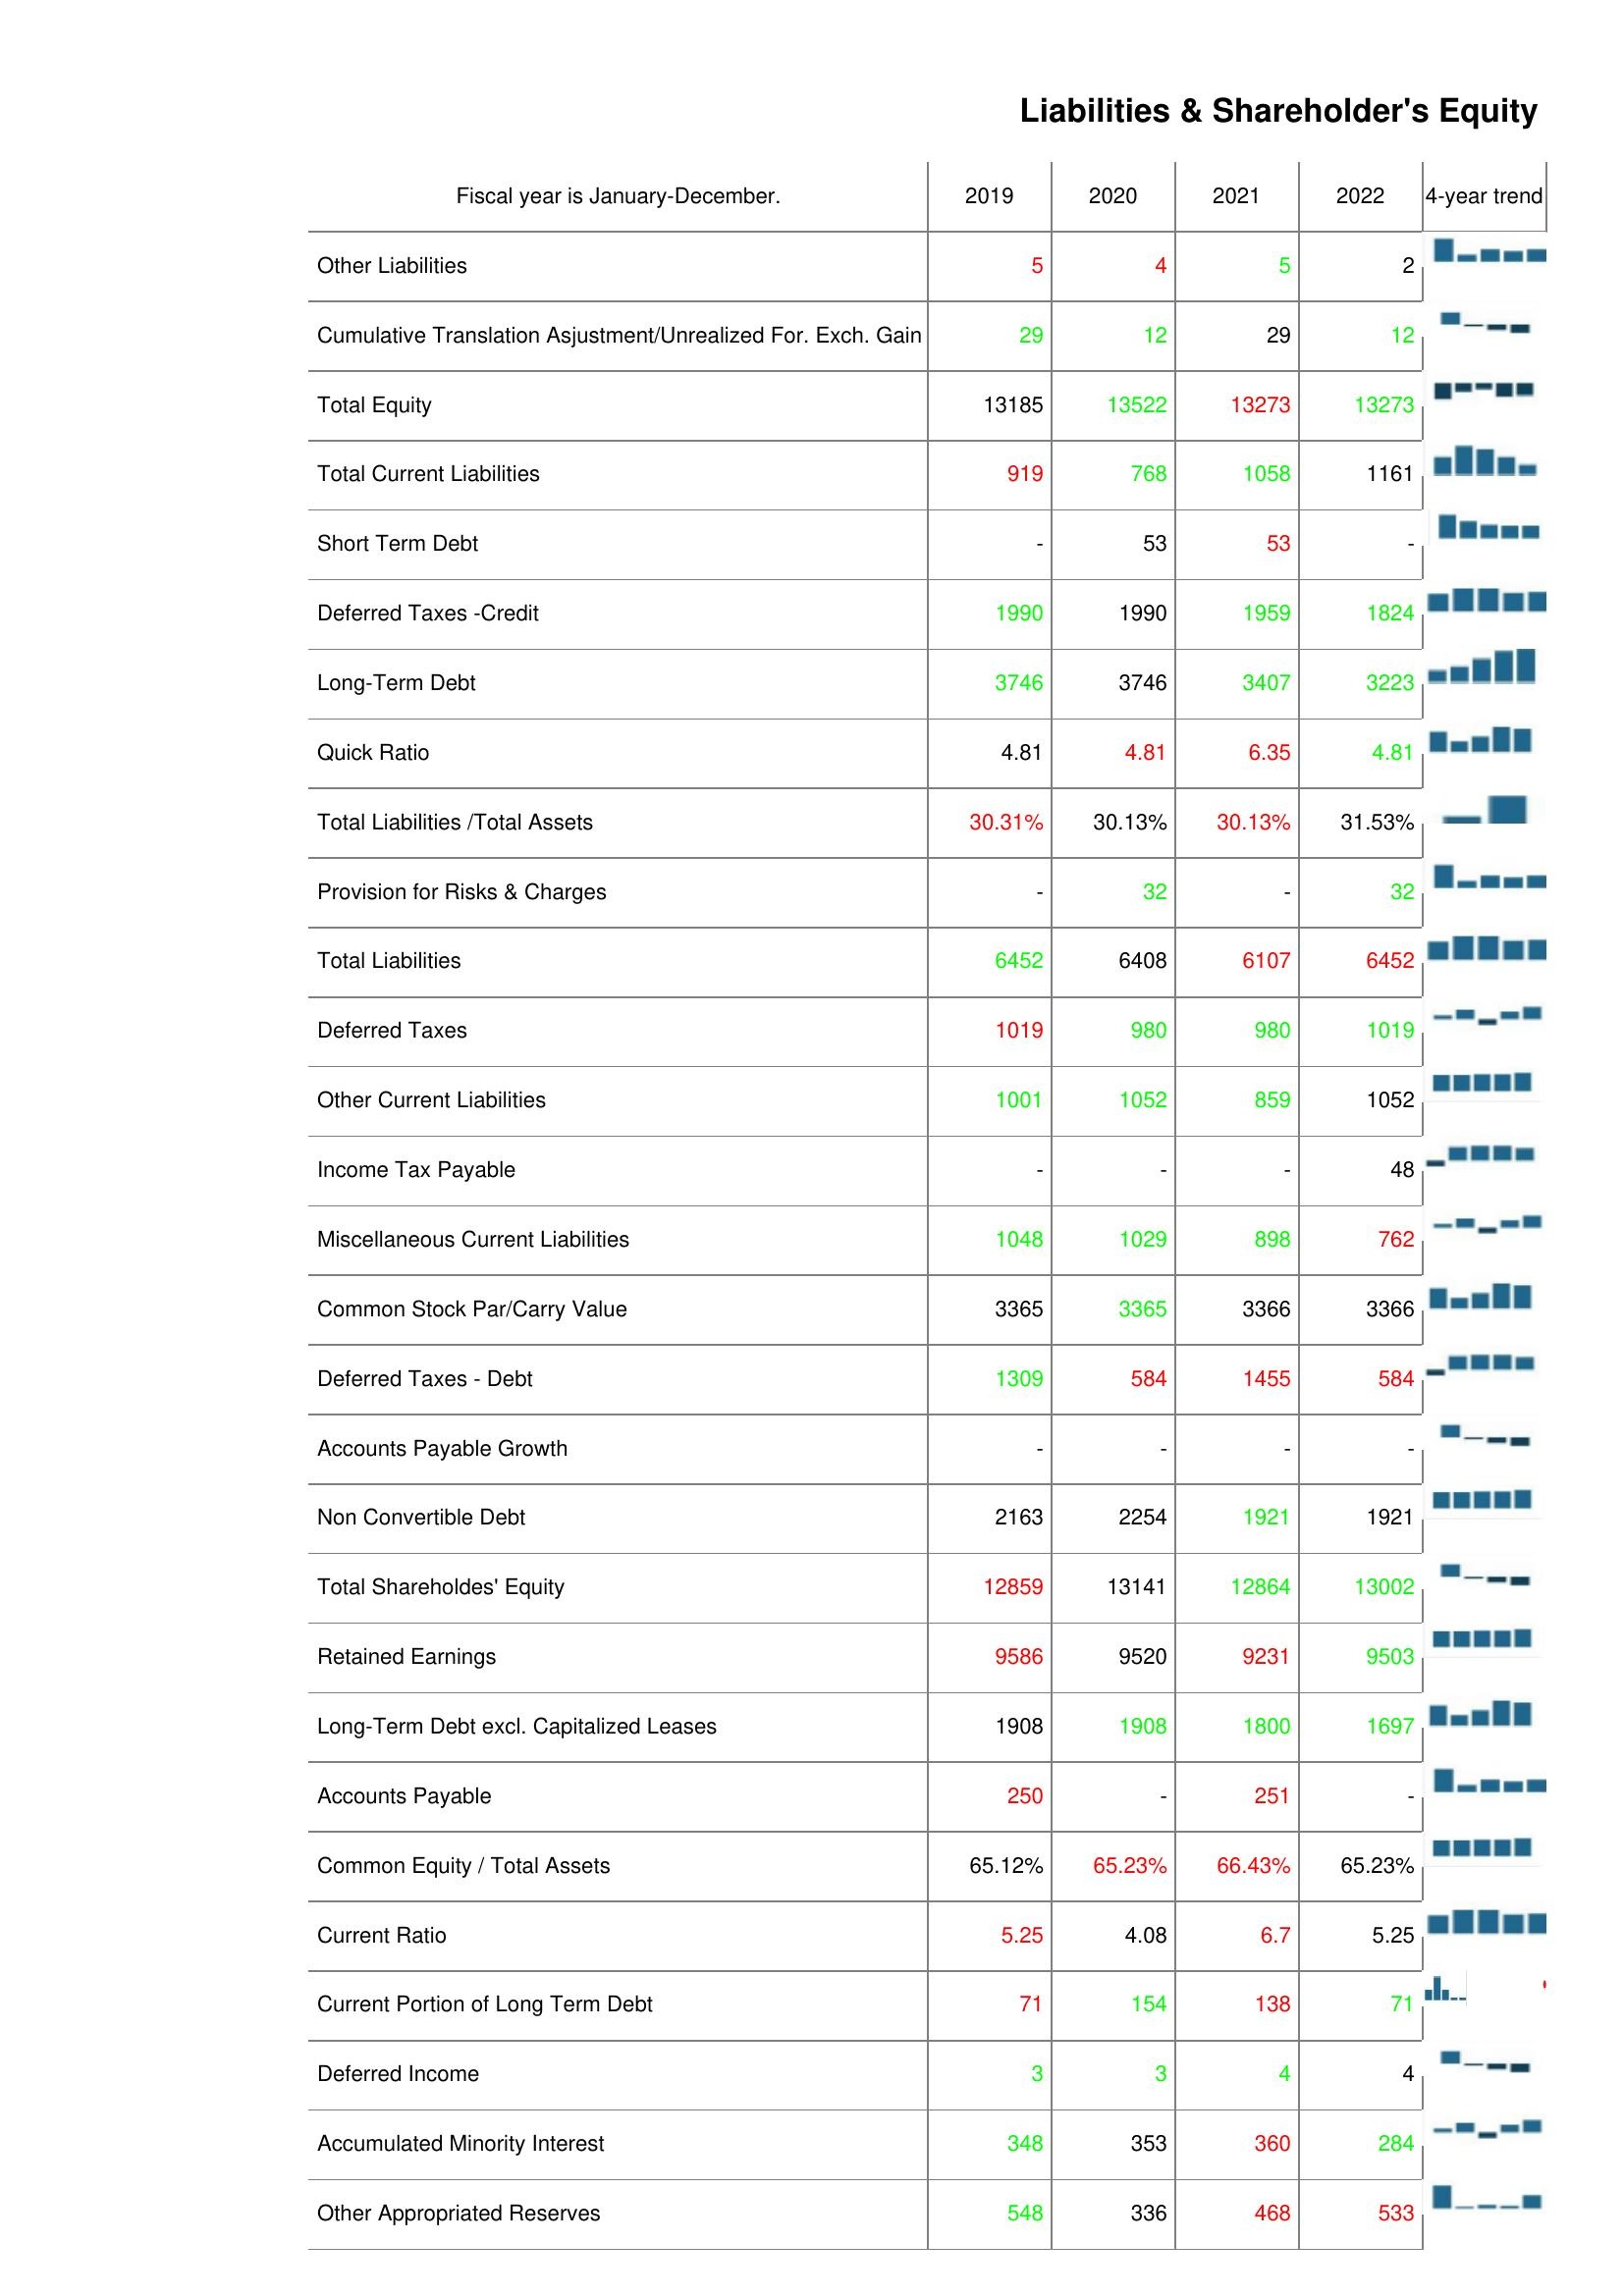
2019: Liabilities & Shareholder's Equity: Other Liabilities: 5
Cumulative Translation Asjustment/Unrealized For. Exch. Gain: 29
Total Equity: 13185
Total Current Liabilities: 919
Short Term Debt: -
Deferred Taxes -Credit: 1990
Long-Term Debt: 3746
Quick Ratio: 4.81
Total Liabilities /Total Assets: 30.31%
Provision for Risks & Charges: -
Total Liabilities: 6452
Deferred Taxes: 1019
Other Current Liabilities: 1001
Income Tax Payable: -
Miscellaneous Current Liabilities: 1048
Common Stock Par/Carry Value: 3365
Deferred Taxes - Debt: 1309
Accounts Payable Growth: -
Non Convertible Debt: 2163
Total Shareholdes' Equity: 12859
Retained Earnings: 9586
Long-Term Debt excl. Capitalized Leases: 1908
Accounts Payable: 250
Common Equity / Total Assets: 65.12%
Current Ratio: 5.25
Current Portion of Long Term Debt: 71
Deferred Income: 3
Accumulated Minority Interest: 348
Other Appropriated Reserves: 548
2020: Liabilities & Shareholder's Equity: Other Liabilities: 4
Cumulative Translation Asjustment/Unrealized For. Exch. Gain: 12
Total Equity: 13522
Total Current Liabilities: 768
Short Term Debt: 53
Deferred Taxes -Credit: 1990
Long-Term Debt: 3746
Quick Ratio: 4.81
Total Liabilities /Total Assets: 30.13%
Provision for Risks & Charges: 32
Total Liabilities: 6408
Deferred Taxes: 980
Other Current Liabilities: 1052
Income Tax Payable: -
Miscellaneous Current Liabilities: 1029
Common Stock Par/Carry Value: 3365
Deferred Taxes - Debt: 584
Accounts Payable Growth: -
Non Convertible Debt: 2254
Total Shareholdes' Equity: 13141
Retained Earnings: 9520
Long-Term Debt excl. Capitalized Leases: 1908
Accounts Payable: -
Common Equity / Total Assets: 65.23%
Current Ratio: 4.08
Current Portion of Long Term Debt: 154
Deferred Income: 3
Accumulated Minority Interest: 353
Other Appropriated Reserves: 336
2021: Liabilities & Shareholder's Equity: Other Liabilities: 5
Cumulative Translation Asjustment/Unrealized For. Exch. Gain: 29
Total Equity: 13273
Total Current Liabilities: 1058
Short Term Debt: 53
Deferred Taxes -Credit: 1959
Long-Term Debt: 3407
Quick Ratio: 6.35
Total Liabilities /Total Assets: 30.13%
Provision for Risks & Charges: -
Total Liabilities: 6107
Deferred Taxes: 980
Other Current Liabilities: 859
Income Tax Payable: -
Miscellaneous Current Liabilities: 898
Common Stock Par/Carry Value: 3366
Deferred Taxes - Debt: 1455
Accounts Payable Growth: -
Non Convertible Debt: 1921
Total Shareholdes' Equity: 12864
Retained Earnings: 9231
Long-Term Debt excl. Capitalized Leases: 1800
Accounts Payable: 251
Common Equity / Total Assets: 66.43%
Current Ratio: 6.7
Current Portion of Long Term Debt: 138
Deferred Income: 4
Accumulated Minority Interest: 360
Other Appropriated Reserves: 468
2022: Liabilities & Shareholder's Equity: Other Liabilities: 2
Cumulative Translation Asjustment/Unrealized For. Exch. Gain: 12
Total Equity: 13273
Total Current Liabilities: 1161
Short Term Debt: -
Deferred Taxes -Credit: 1824
Long-Term Debt: 3223
Quick Ratio: 4.81
Total Liabilities /Total Assets: 31.53%
Provision for Risks & Charges: 32
Total Liabilities: 6452
Deferred Taxes: 1019
Other Current Liabilities: 1052
Income Tax Payable: 48
Miscellaneous Current Liabilities: 762
Common Stock Par/Carry Value: 3366
Deferred Taxes - Debt: 584
Accounts Payable Growth: -
Non Convertible Debt: 1921
Total Shareholdes' Equity: 13002
Retained Earnings: 9503
Long-Term Debt excl. Capitalized Leases: 1697
Accounts Payable: -
Common Equity / Total Assets: 65.23%
Current Ratio: 5.25
Current Portion of Long Term Debt: 71
Deferred Income: 4
Accumulated Minority Interest: 284
Other Appropriated Reserves: 533